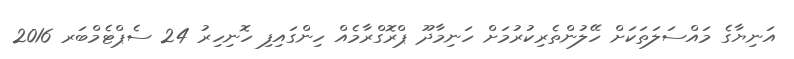
އަނިޔާގެ މައްސަލަތަކަށް ހޭލުންތެރިކުރުމަށް ހަނިމާދޫ ޕްރޮގްރާމެއް ހިންގައިފި ހޮނިހިރު 24 ސެޕްޓެމްބަރ 2016